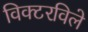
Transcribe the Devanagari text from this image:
विक्टरविले